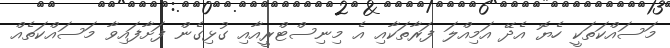
މަސައްކަތަކީ ހެޔޮ އެދޭ އަމިއްލަ ފަރާތަކާއި އެ މިނިސްޓްރީއާއި ގުޅިގެން ފަށާފައިވާ މަސައްކަތެއް